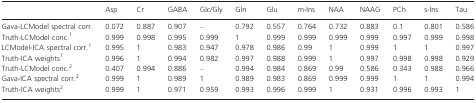
<table><thead><tr><td></td><td><b>Asp</b></td><td><b>Cr</b></td><td><b>GABA</b></td><td><b>Glc/Gly</b></td><td><b>Gln</b></td><td><b>Glu</b></td><td><b>m-Ins</b></td><td><b>NAA</b></td><td><b>NAAG</b></td><td><b>PCh</b></td><td><b>s-Ins</b></td><td><b>Tau</b></td></tr></thead><tbody><tr><td>Gava-LCModel spectral corr.</td><td>0.072</td><td>0.887</td><td>0.907</td><td>–</td><td>0.792</td><td>0.557</td><td>0.764</td><td>0.732</td><td>0.883</td><td>0.1</td><td>0.801</td><td>0.586</td></tr><tr><td>Truth-LCModel conc.1</td><td>0.999</td><td>0.998</td><td>0.995</td><td>0.999</td><td>1</td><td>0.999</td><td>0.999</td><td>0.999</td><td>0.999</td><td>0.997</td><td>0.999</td><td>0.998</td></tr><tr><td>LCModel-ICA spectral corr.1</td><td>0.995</td><td>1</td><td>0.983</td><td>0.947</td><td>0.978</td><td>0.986</td><td>0.99</td><td>1</td><td>0.999</td><td>1</td><td>1</td><td>0.997</td></tr><tr><td>Truth-ICA weights1</td><td>0.996</td><td>1</td><td>0.994</td><td>0.982</td><td>0.997</td><td>0.988</td><td>0.999</td><td>1</td><td>0.997</td><td>0.998</td><td>0.998</td><td>0.929</td></tr><tr><td>Truth-LCModel conc.2</td><td>0.407</td><td>0.994</td><td>0.886</td><td>–</td><td>0.994</td><td>0.984</td><td>0.869</td><td>0.99</td><td>0.586</td><td>0.343</td><td>0.988</td><td>0.966</td></tr><tr><td>Gava-ICA spectral corr.2</td><td>0.999</td><td>1</td><td>0.989</td><td>1</td><td>0.989</td><td>0.983</td><td>0.869</td><td>0.999</td><td>0.999</td><td>1</td><td>1</td><td>0.994</td></tr><tr><td>Truth-ICA weights2</td><td>0.999</td><td>1</td><td>0.971</td><td>0.959</td><td>0.993</td><td>0.996</td><td>0.999</td><td>1</td><td>0.931</td><td>0.996</td><td>0.993</td><td>1</td></tr></tbody></table>